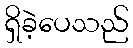
ရှိခဲ့ပေသည်